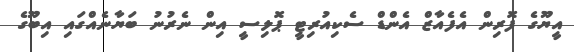
އީޔޫގެ ފޮރިން އެފެއާޒް އެންޑް ސެކިއުރިޓީ ޕޮލިސީ އިން ނެރުނު ބަޔާނެއްގައި އިބޫގެ